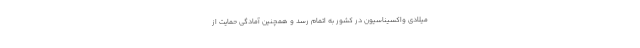
میلادی واکسیناسیون در کشور به اتمام رسد و همچنین آمادگی حمایت از